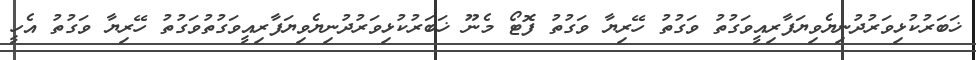
ޚަބަރުކުޅިވަރުދުނިޔެވިޔަފާރިއީވަގުތު ވަގުތު ހޭރިޔާ ވަގުތު ފޮޓޯ މެނޫ ޚަބަރުކުޅިވަރުދުނިޔެވިޔަފާރިއީވަގުތުވަގުތު ހޭރިޔާ ވަގުތު އެހީ